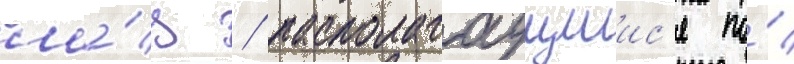
ла́з / располагаущиис'я по́